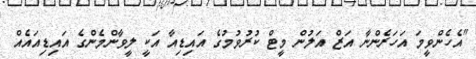
"އެހެންވީމަ އަހަރެންނާ އަޒް އަލުން މީޓް ކުރުވުމުގެ އައިޑިއާ އަކީ ލީވާންމެންގެ އައިޑިއައެއް